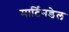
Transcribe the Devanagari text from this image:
मार्टिनडेल